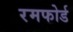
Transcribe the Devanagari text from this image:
रमफोर्ड